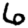
Digit: 6